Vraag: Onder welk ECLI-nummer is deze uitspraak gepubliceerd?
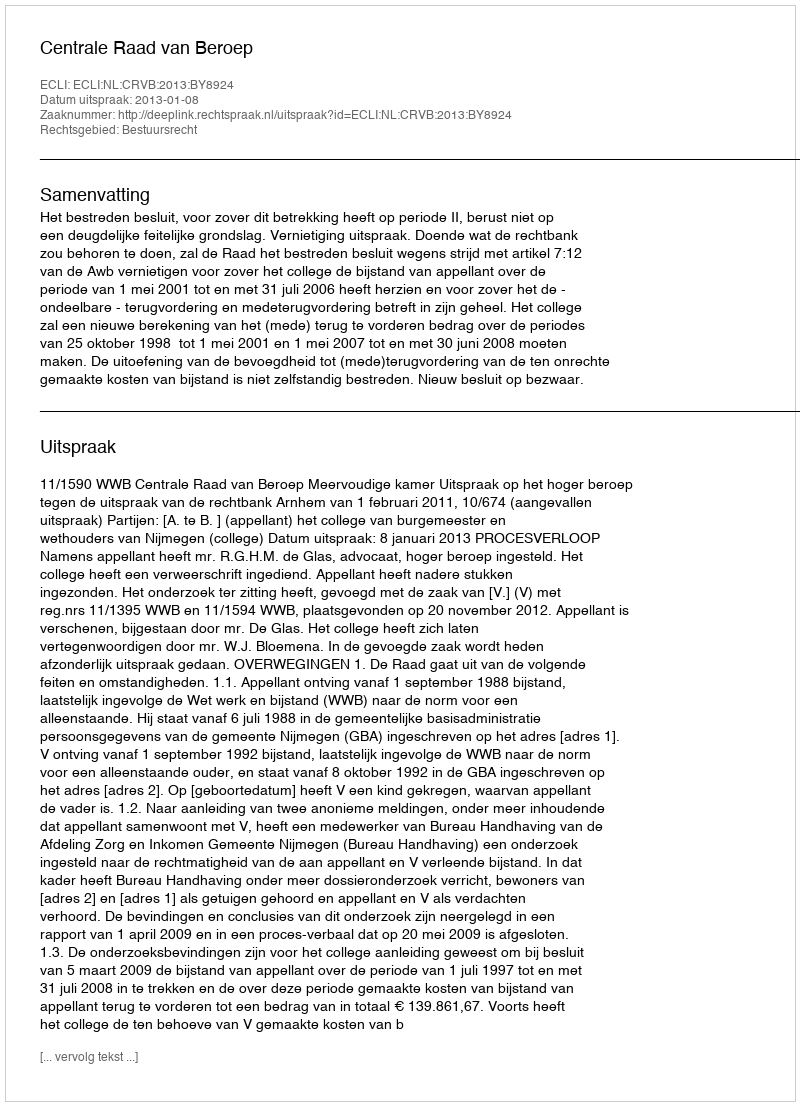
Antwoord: ECLI:NL:CRVB:2013:BY8924